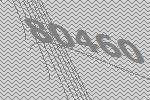
80460